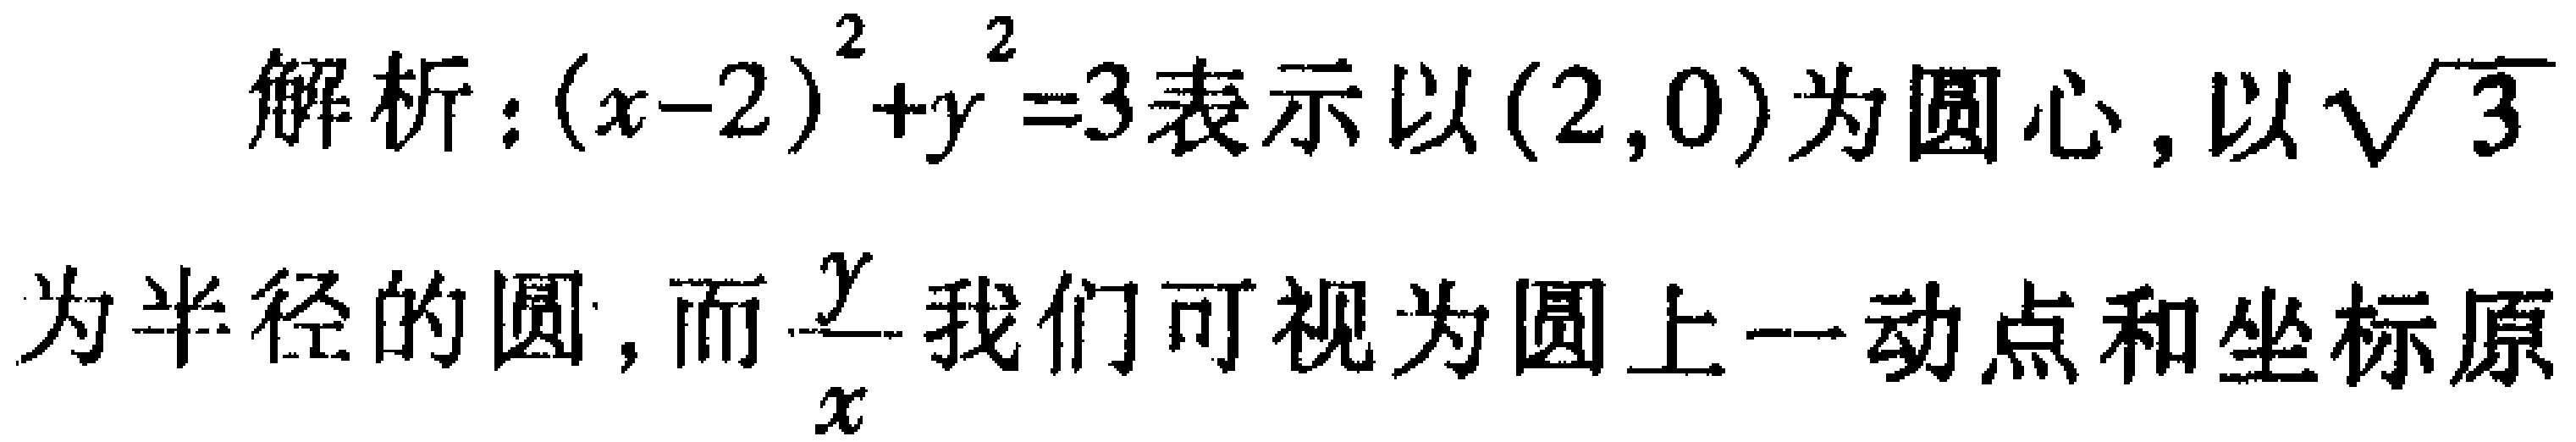
解析：\((x - 2)^2 + y^2 = 3\)表示以\((2,0)\)为圆心，以\(\sqrt{3}\)为半径的圆，而\(\frac{y}{x}\)我们可视为圆上一动点和坐标原